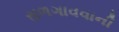
સળગાવવાની